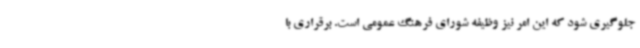
جلوگیری شود که این امر نیز وظیفه شورای فرهنگ عمومی است. برقراری با